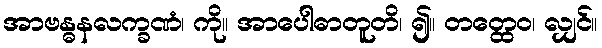
အာဗန္ဓနလက္ခဏံ၊ ကို။ အာပေါဓာတူတိ၊ ၍။ တတ္ထေဝ၊ လျှင်။